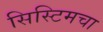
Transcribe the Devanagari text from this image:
सिस्टिमचा